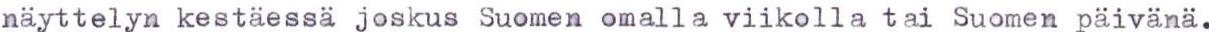
näyttelyn kestäessa joskus Suomen omalla viikolla tai Suomen päivänä.